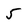
Character: 5